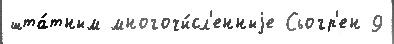
шта́тным многочи́сл'енныjе Сьогр'ен 9